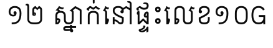
១២ ស្នាក់នៅផ្ទះលេខ១០G